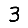
Digit: 3